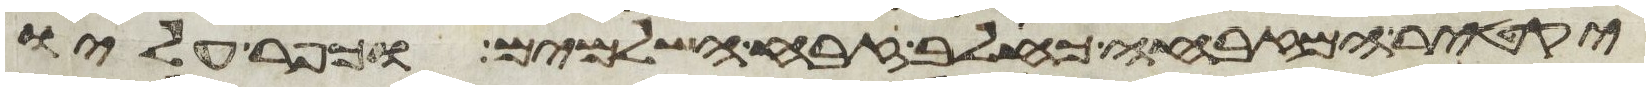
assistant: יקטיר המזבחה כחלב זבח השלמים וכפר עליו